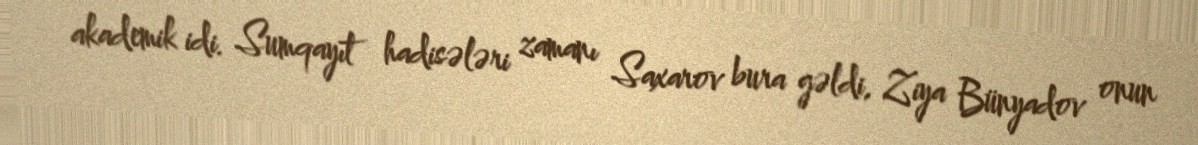
akademik idi. Sumqayıt hadisələri zamanı Saxarov bura gəldi, Ziya Bünyadov onun